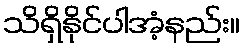
သိရှိနိုင်ပါအံ့နည်း။